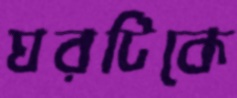
ঘরটিকে